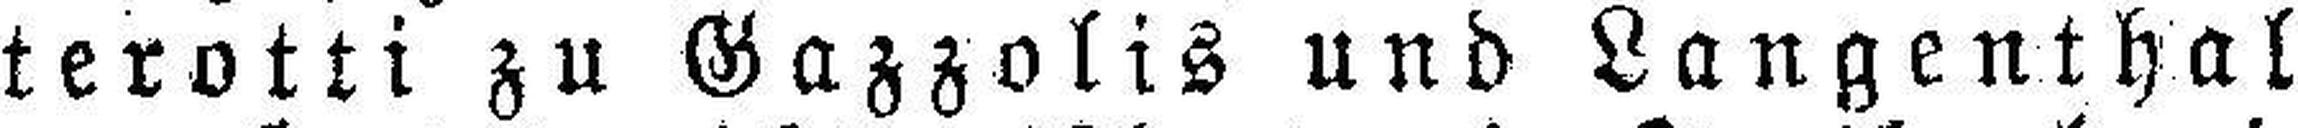
terotti zu Gazzolis und Langenthal